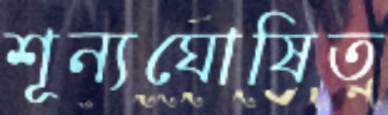
শূন্যঘোষিত